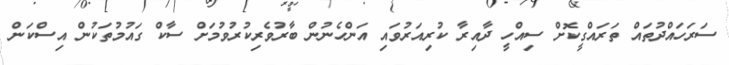
ސަރަހައްދުތައް ތަރައްގީކޮށް ސިއްހީ ދާއިރާ ކުރިއަރުވައި އަންހެނުން ބާރުވެރިކުރުވުމަށް ސާކް ގައުމުތަކުން އިސްކަން